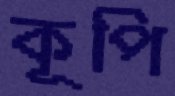
কূপি